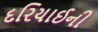
દરિયાઈની